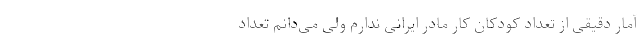
آمار دقیقی از تعداد کودکان کار مادر ایرانی ندارم ولی می‌دانم تعداد